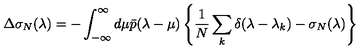
\Delta \sigma _ { N } ( \lambda ) = - \int _ { - \infty } ^ { \infty } d \mu \bar { p } ( \lambda - \mu ) \left\{ \frac { 1 } { N } \sum _ { k } \delta ( \lambda - \lambda _ { k } ) - \sigma _ { N } ( \lambda ) \right\}